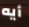
أيه